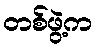
တစ်ဖွဲ့က